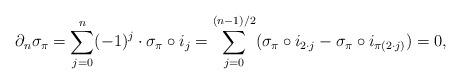
LaTeX: \begin{align*} \partial_n \sigma_\pi & = \sum_{j=0}^n (-1)^j \cdot \sigma_\pi \circ i_j = \sum_{j = 0}^{(n-1)/2} ( \sigma_\pi \circ i_{2\cdot j} - \sigma_\pi \circ i_{\pi(2\cdot j)}) = 0 , \end{align*}